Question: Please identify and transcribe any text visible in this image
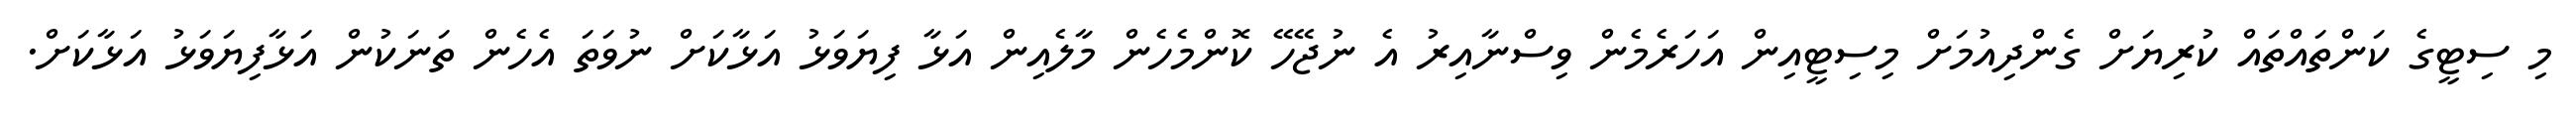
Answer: މި ސިޓީގެ ކަންތައްތައް ކުރިޔަށް ގެންދިއުމަށް މިސިޓީއިން އަހަރެމެން ވިސްނާއިރު އެ ނުޖޭހޭ ކޮންމެހެން މާލެއިން އަޅާ ފިޔަވަޅު އަޅާކަށް ނުވަތަ އެހެން ތަނަކުން އަޅާފިޔަވަޅު އަޅާކަށް.